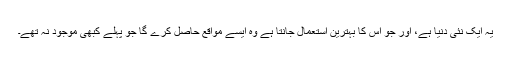
یہ ایک نئی دنیا ہے، اور جو اس کا بہترین استعمال جانتا ہے وہ ایسے مواقع حاصل کرے گا جو پہلے کبھی موجود نہ تھے۔